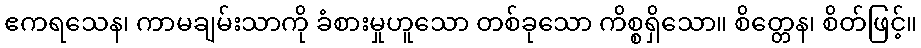
ဧကရသေန၊ ကာမချမ်းသာကို ခံစားမှုဟူသော တစ်ခုသော ကိစ္စရှိသော။ စိတ္တေန၊ စိတ်ဖြင့်။